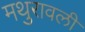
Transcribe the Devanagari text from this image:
मथुरावली